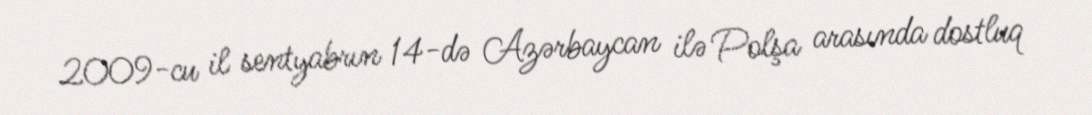
2009-cu il sentyabrın 14-də Azərbaycan ilə Polşa arasında dostluq